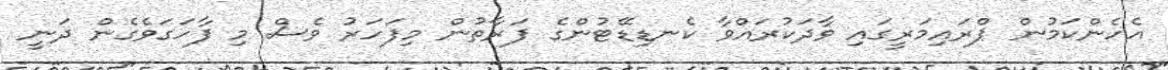
އެހެންކަމުން ޕްރައިމަރީގައި ވާދަކުރައްވާ ކެނޑިޑޭޓުންގެ ފަރާތުން މިފަހަރު ވެސް މި ފާހަގަވެގެން ދަނީ